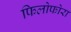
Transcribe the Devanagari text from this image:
फिलोफोरा